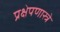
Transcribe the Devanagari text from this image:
प्रक्षेपणास्त्रे